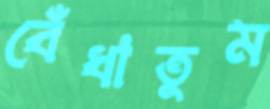
বেঁধাতুম